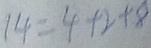
1 4 = 4 + 2 + 8